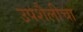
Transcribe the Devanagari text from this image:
उपशैलीचा